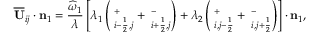
\overline { { \mathbf { U } } } _ { i j } \cdot \mathbf { n } _ { 1 } = \frac { \widehat { \omega } _ { 1 } } { \lambda } \left[ \lambda _ { 1 } \left( { \bf \Pi } _ { i - \frac { 1 } { 2 } , j } ^ { + } + { \bf \Pi } _ { i + \frac { 1 } { 2 } , j } ^ { - } \right) + \lambda _ { 2 } \left( { \bf \Pi } _ { i , j - \frac { 1 } { 2 } } ^ { + } + { \bf \Pi } _ { i , j + \frac { 1 } { 2 } } ^ { - } \right) \right] \cdot \mathbf { n } _ { 1 } ,